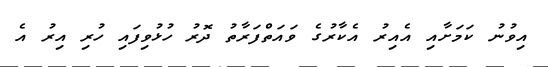
އިވުނު ކަމަށާއި އެއިރު އެކާރުގެ ވައަތްފަރާތު ދޮރު ހުޅުވިފައި ހުރި އިރު އެ